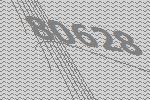
80628